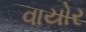
વાયોર